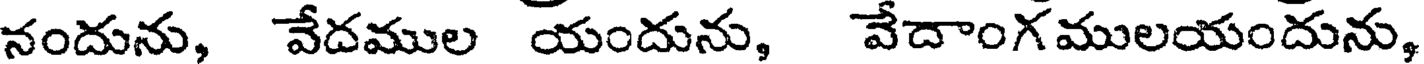
నందును, వేదముల యందును, వేదాంగములయందును,